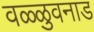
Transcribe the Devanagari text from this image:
वळ्ळुवनाड